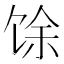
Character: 馀